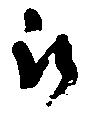
被